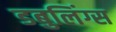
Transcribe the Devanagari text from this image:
डबुलिंग्स